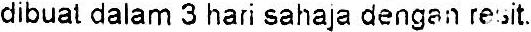
DIBUAT DALAM 3 HARI SAHAJA DENGAN RESIT.